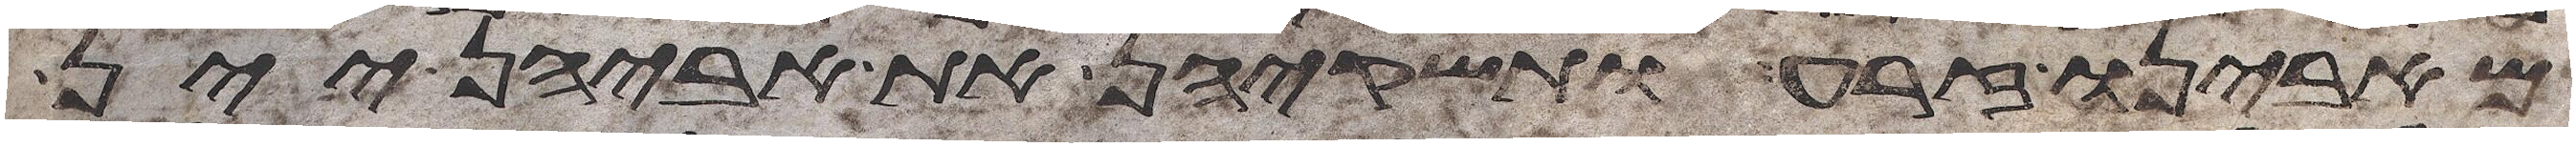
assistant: מאבינו זרע ותשקיהן את אביהן יין